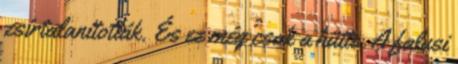
zsírtalanították. És ez még csak a hütte. A falusi